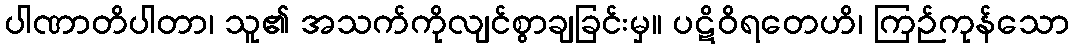
ပါဏာတိပါတာ၊ သူ၏ အသက်ကိုလျင်စွာချခြင်းမှ။ ပဋိဝိရတေဟိ၊ ကြဉ်ကုန်သော